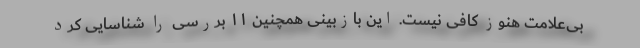
بی‌علامت هنوز کافی نیست. این بازبینی همچنین ۱۱ بررسی را شناسایی کرد